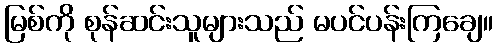
မြစ်ကို စုန်ဆင်းသူများသည် မပင်ပန်းကြချေ။